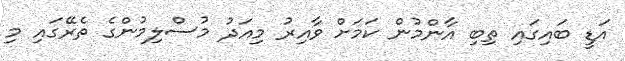
އަޑީ ބައިގައި ތިބި އާންމުން ކަމަށް ވާއިރު މިއަދު މުސްލިމުންގެ ތެރޭގައި މި